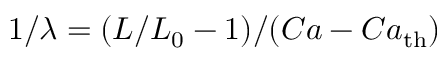
1 / \lambda = ( L / L _ { 0 } - 1 ) / ( C a - C a _ { \mathrm { t h } } )